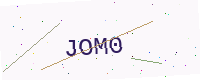
Text: JOM0